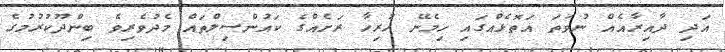
އަދި ދާއިރާއެއް ނުވަތަ އަތޮޅެއްގައި ހިމެނޭ ހުރިހާ ރަށެއްގެ ކައުންސިލްތައް މެދުވެރިވެ ބިންދޫކުރުމުގެ